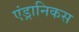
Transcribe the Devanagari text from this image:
एंड्रानिकस